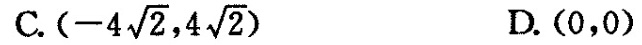
C. $$(-4 \sqrt{2},4 \sqrt{2})$$ D.(0，0)